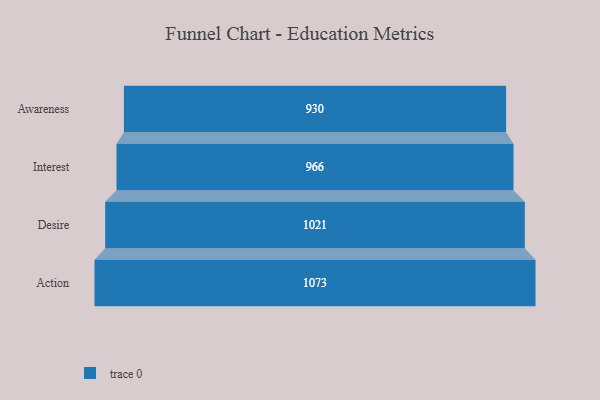
{"axis": {"x": "Stage", "y": "Value"}, "legend": [""], "data": [{"x": "Awareness", "y": 930.0, "type": ""}, {"x": "Interest", "y": 966.0, "type": ""}, {"x": "Desire", "y": 1021.0, "type": ""}, {"x": "Action", "y": 1073.0, "type": ""}]}